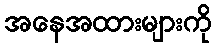
အနေအထားများကို